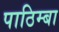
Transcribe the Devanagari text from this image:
पाठिम्बा